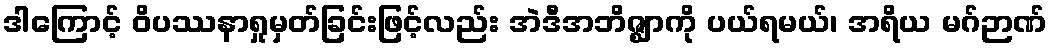
ဒါကြောင့် ဝိပဿနာရှုမှတ်ခြင်းဖြင့်လည်း အဲဒီအဘိဇ္ဈာကို ပယ်ရမယ်၊ အရိယ မဂ်ဉာဏ်